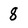
Character: 8